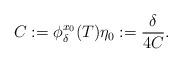
LaTeX: \begin{align*}C := \phi_{\delta}^{x_0}(T) \eta_0 := \frac{\delta}{4C}.\end{align*}